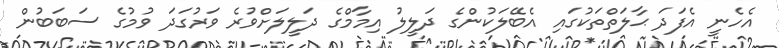
އެހެނީ އެފަދަ ޙާލަތްތަކުގައި އެބޭލަކުންގެ ދަލީލު އިމާމްގެ ދަލީލަށްވުރެ ވަރުގަދަ ވުމުގެ ސަބަބުން